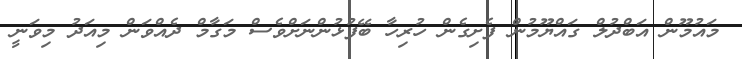
މައުމޫން އަބްދުލް ގައްޔޫމުން ފެށިގެން ހުރިހާ ބޭފުޅުންނަށްވެސް މަގާމް ދެއްވަން މިއަދު މިވަނީ